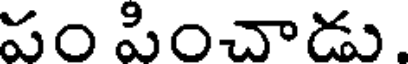
పం పించాడు.